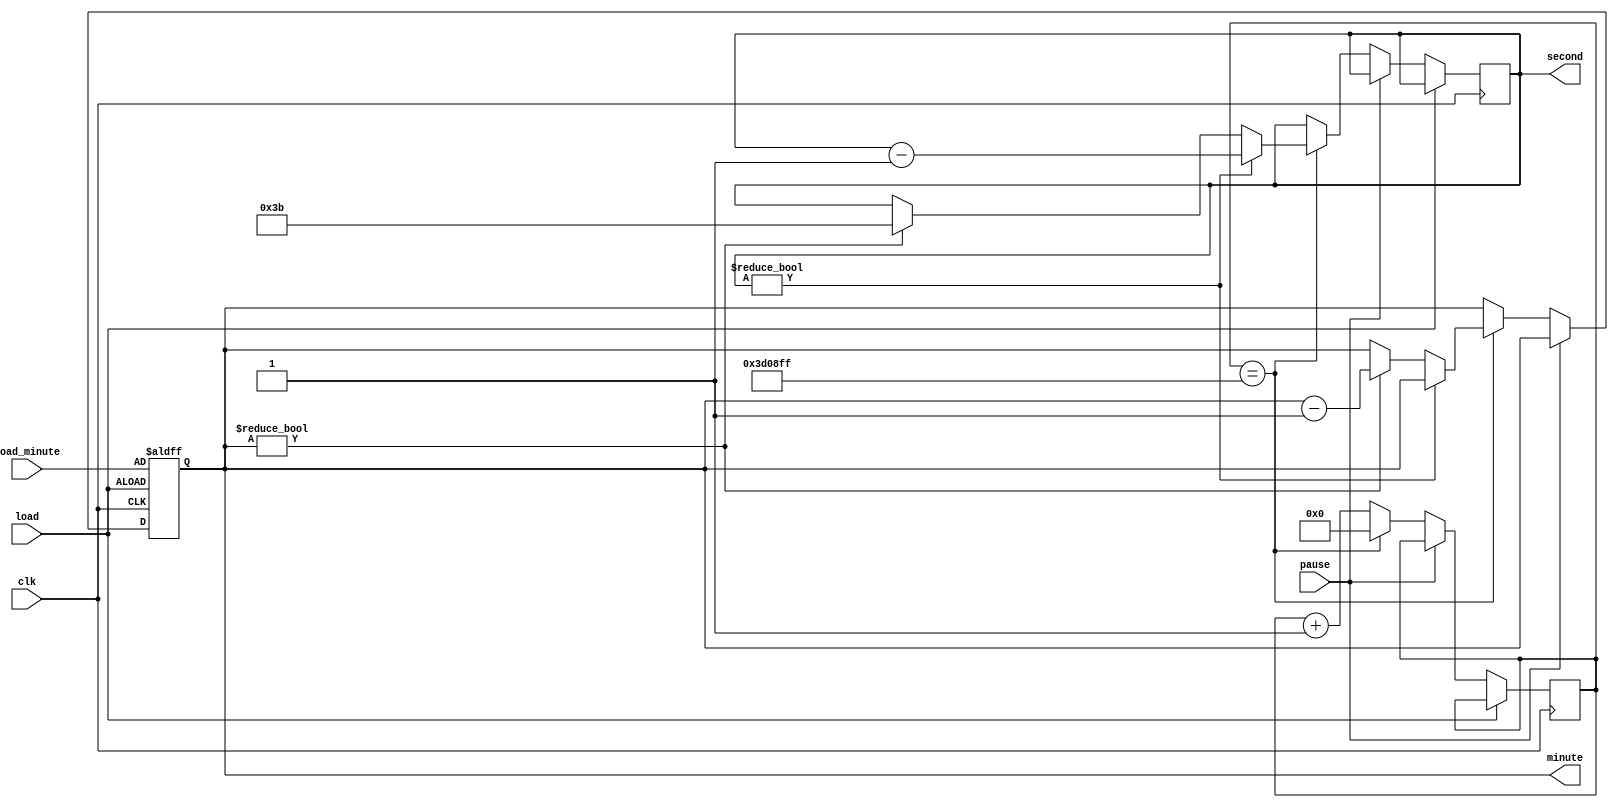
module clock (
    input clk, // 4M Hz
    input pause,
    input load,
    input [6:0] load_minute,
    output reg [6:0] minute,
    output reg [5:0] second
);

parameter clk_freq = 22'd3_999_999;
parameter sec_in_min = 6'd59;
reg [21:0] clk_counter = 22'd0;

always @(posedge clk, posedge load) begin
    if (load) begin
        minute <= load_minute;
    end
    else if (~pause) begin
        if (clk_counter == clk_freq) begin
            clk_counter <= 22'd0;
            if (second) begin
                second <= second - 6'd1;
            end
            else if (minute) begin
                second <= sec_in_min;
                minute <= minute - 7'd1;
            end
        end
        else begin
            clk_counter <= clk_counter + 22'd1;
        end
    end
end

endmodule